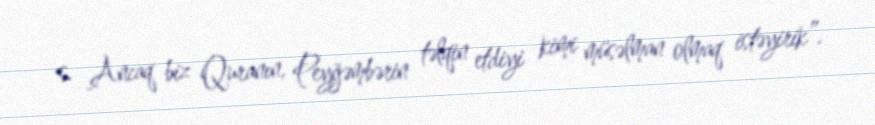
s. Ancaq biz Quranın, Peyğəmbərin təlqin etdiyi kimi müsəlman olmaq istəyirik”.